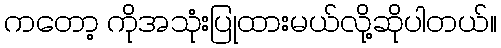
ကတော့ ကိုအသုံးပြုထားမယ်လို့ဆိုပါတယ်။